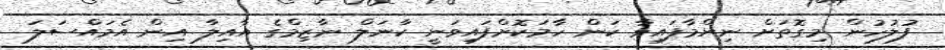
ފުލުހުން މިގޮތަށް ނިންމާފައިވާ ކަން ހާމަކޮށްފައިވަނީ ކާނަލް ނާޒިމްގެ އާއިލާ އިން އެމައްސަލަ